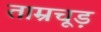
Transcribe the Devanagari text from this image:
ताम्रचूड़